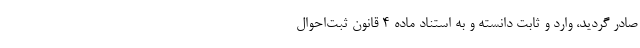
صادر گردید، وارد و ثابت دانسته و به استناد ماده ۴ قانون ثبت‌احوال